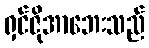
ရှင်ဇိုအာဘေးသည်